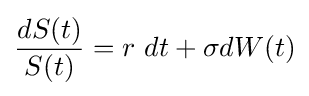
{\frac {dS(t)}{S(t)}}=r\ dt+\sigma dW(t)